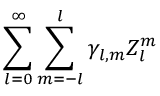
\sum _ { l = 0 } ^ { \infty } \sum _ { m = - l } ^ { l } \gamma _ { l , m } Z _ { l } ^ { m }